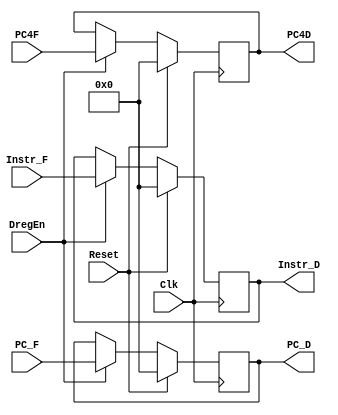
`timescale 1ns / 1ps
//////////////////////////////////////////////////////////////////////////////////
// Company: 
// Engineer: 
// 
// Design Name: 
// Module Name:    Dreg 
// Project Name: 
// Target Devices: 
// Tool versions: 
// Description: 
//
// Dependencies: 
//
// Revision: 
// Revision 0.01 - File Created
// Additional Comments: 
//
//////////////////////////////////////////////////////////////////////////////////
module Dreg(
    input Clk,
    input Reset,
    input DregEn,
    input [31:0] Instr_F,
    input [31:0] PC_F,
	 input [31:0] PC4F,
    output reg [31:0] Instr_D,
    output reg [31:0] PC_D,
	 output reg [31:0] PC4D
    );
	 
	 always@(posedge Clk) begin
	     if(Reset) begin
		      Instr_D <= 32'b0;
				PC_D <= 32'b0;
				PC4D <= 32'b0;
		  end
		  else if(DregEn) begin
		      Instr_D <= Instr_F;
				PC_D <= PC_F;
				PC4D <= PC4F;
		  end
	 end


endmodule